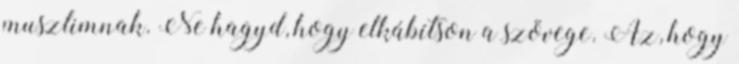
muszlimnak. Ne hagyd, hogy elkábítson a szövege. Az, hogy